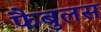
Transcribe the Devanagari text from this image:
फैबुलस